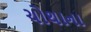
ચોથાના